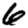
Digit: 6